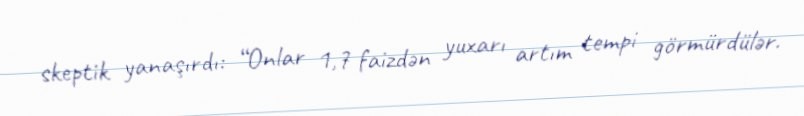
skeptik yanaşırdı: “Onlar 1,7 faizdən yuxarı artım tempi görmürdülər.